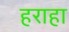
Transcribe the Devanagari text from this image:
हराहा